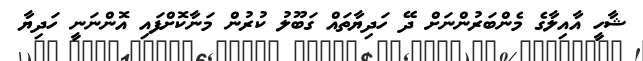
ޝާހީ އާއިލާގެ މެންބަރުންނަށް ދޭ ހަދިޔާތައް ގަބޫލު ކުރުން މަނާކޮށްފައި އޮންނަނީ ހަދިޔާ